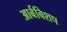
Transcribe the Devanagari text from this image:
आर्बबिशप